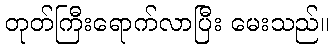
တုတ်ကြီးရောက်လာပြီး မေးသည်။